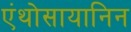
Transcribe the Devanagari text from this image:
एंथोसायानिन